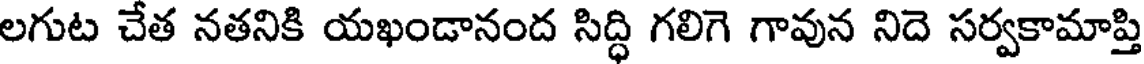
లగుట చేత నతనికి యఖండానంద సిద్ధి గలిగె గావున నిదె సర్వకామాప్తి